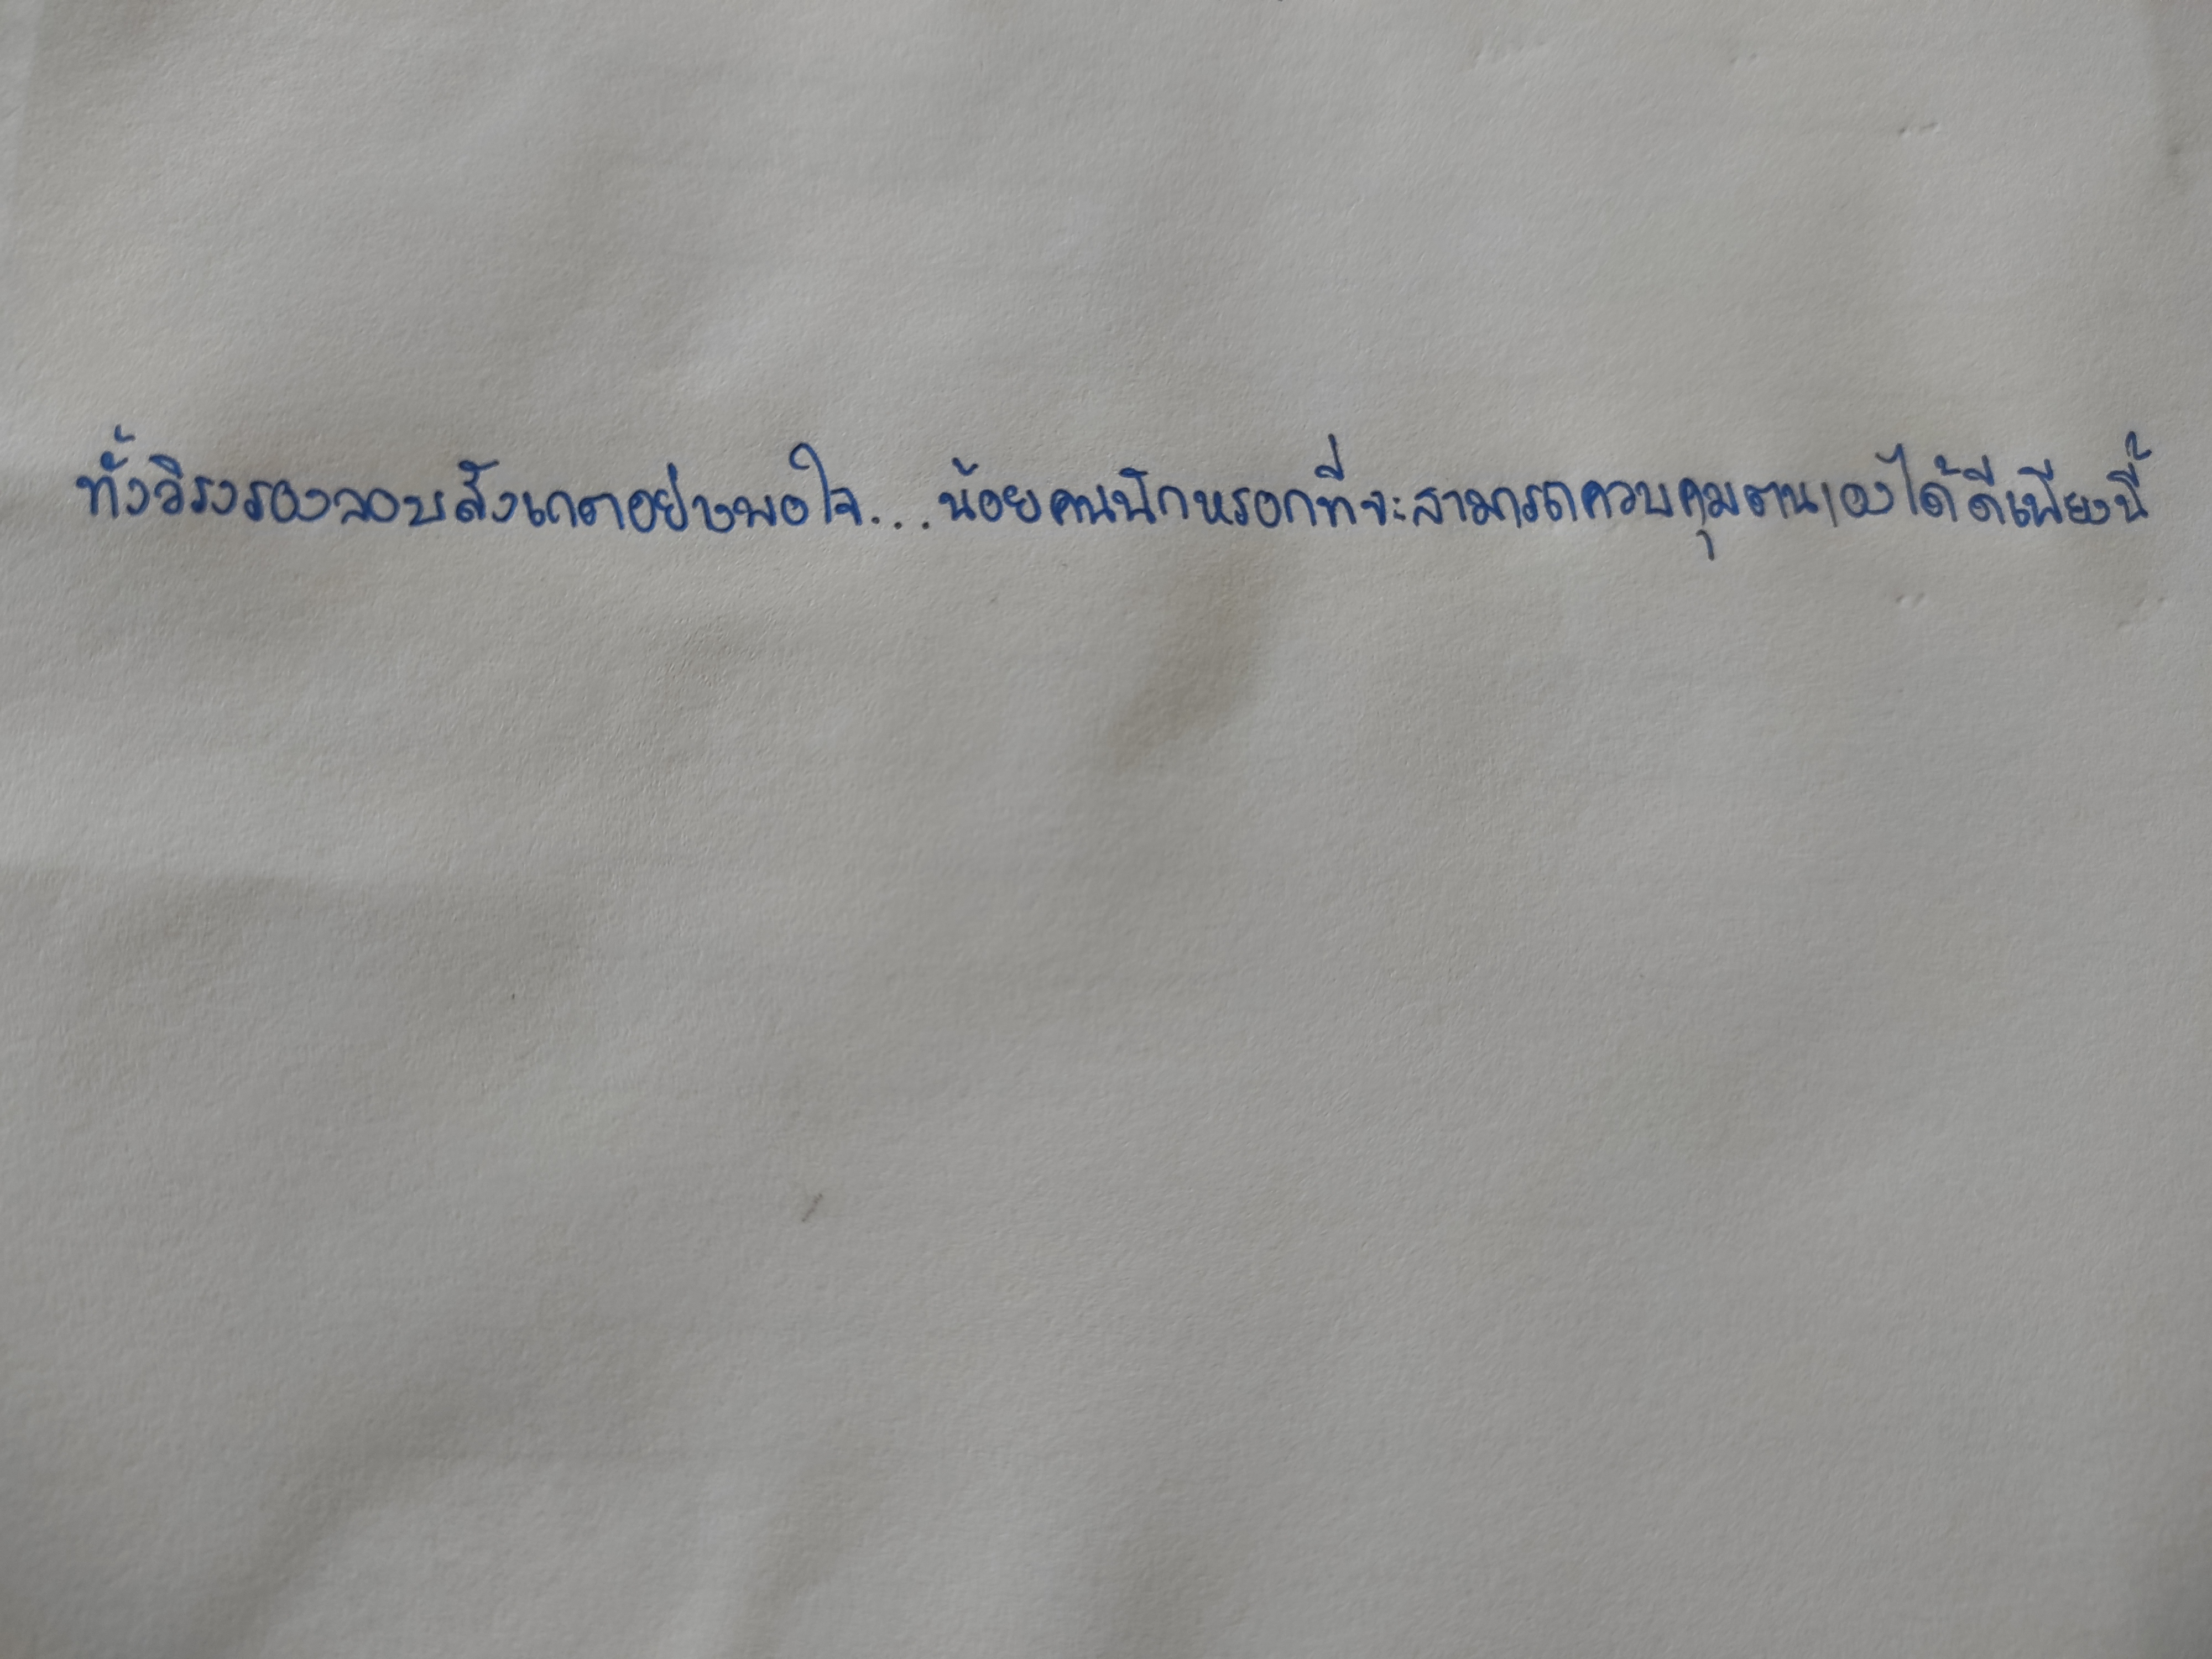
ทั้งวิรงรองลอบสังเกตอย่างพอใจ...น้อยคนนักหรอกที่จะสามารถควบคุมตนเองได้ดีเพียงนี้